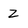
Character: 2